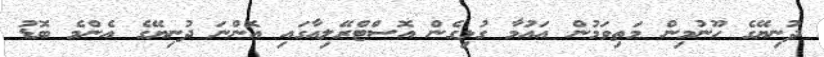
ދުނިޔޭގެ ހޫނުމިން މަތިވަމުން އައުމާ ގުޅިގެން އޮސްޓްރޭލިއާގައި އޮންނަ ދުނިޔޭގެ އެންމެ ބޮޑު